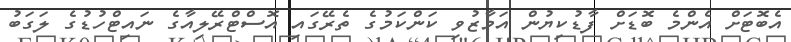
އެބޮޓަށް އެންމެ ބޮޑަަށް ފާޑުކިޔުން އަމާޒުވި ކަންކަމުގެ ތެރޭގައި އޮސްޓްރޭލިއާގެ ނައިޓްހުޑުގެ ލަގަބު